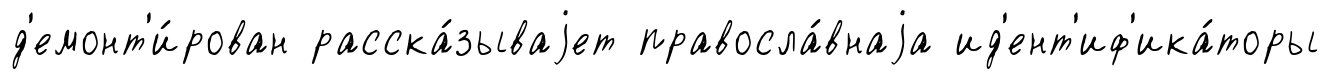
д'емонт'и́рован расска́зываjет правосла́внаjа ид'ент'иф'ика́торы